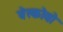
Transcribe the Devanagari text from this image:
वेस्कोवो